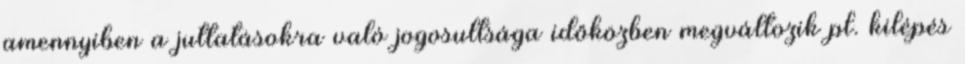
amennyiben a juttatásokra való jogosultsága időközben megváltozik pl. kilépés